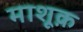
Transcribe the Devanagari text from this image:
माशूक़